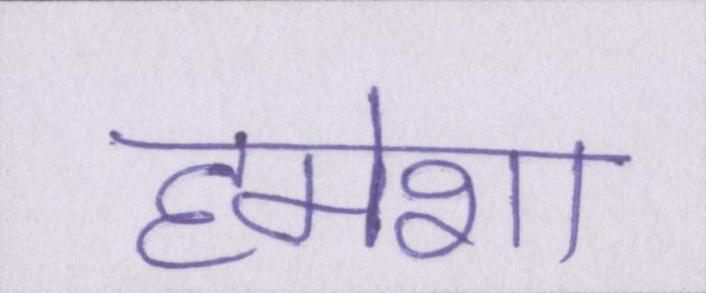
हमेशा